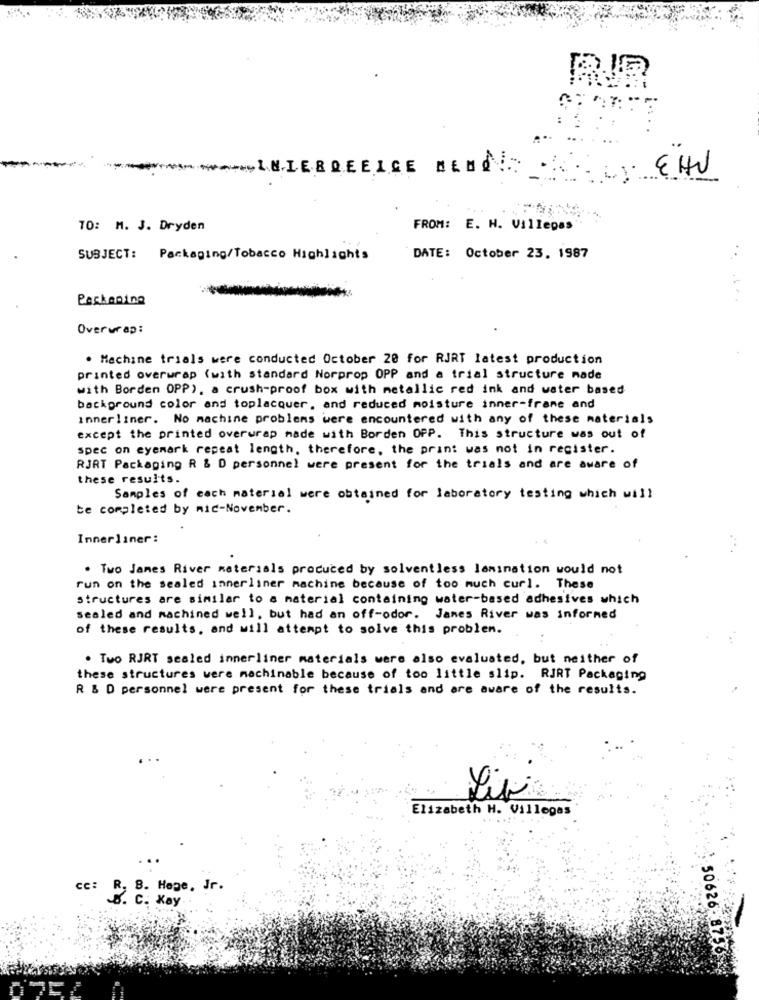
****** INIERQEEICE MEN
EHU
10: M. J. Dryden
FROM: E. H. Villepas
SUBJECT:
Packaging/Tobacco Highlights
DATE: October 23. 1987
Packaging
Overwrap:
. Machine trials were conducted October 20 for RJRT latest production
printed overwrap (with standard Norprop OPP and a trial structure made
with Borden OPP), a crush-proof box with metallic red ink and water based
background color and toplacquer, and reduced moisture inner-frame and
Innerliner. No machine problems were encountered with any of these materials
except the printed overwrap made with Borden OPP. This structure was out of
spec on eyemark repeat length, therefore, the print was not in register.
RJAT Packaging R & D personnel were present for the trials and are aware of
these results.
Samples of each material were obtained for laboratory testing which will
be completed by nic-November.
Innerliner:
. Two James River materials produced by solventless lamination would not
run on the sealed innerliner machine because of too much curl. These
structures are similar to a material containing water-based adhesives which
sealed and machined well, but had an off-odor. James River was informed
of these results, and will attempt to solve this problem.
. Two RJRT sealed innerliner materials were also evaluated, but neither of
these structures were machinable because of too little slip. RJRT Packaging
R & D personnel were present for these trials and are aware of the results.
Livi
Elizabeth H. Villegas
8. Hope, Jr.
cc: B. C. Kay
50626-8750